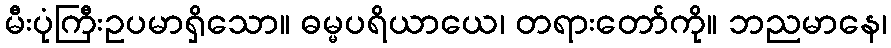
မီးပုံကြီးဥပမာရှိသော။ ဓမ္မပရိယာယေ၊ တရားတော်ကို။ ဘညမာနေ၊